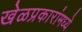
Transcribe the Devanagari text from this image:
खेळप्रकारांमध्ये